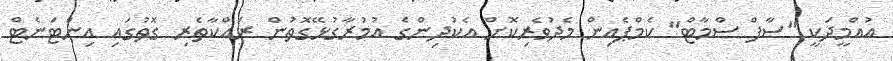
އުއްމީދަކީ "ސާފް ސްމާޓް" ކެމްޕެއިން މެދުވެރިކޮށް އެކުދިންގެ އުމުރާގުޅޭގޮތުން ރައްކާތެރި ގޮތުގައި އިންޓަނެޓް